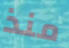
منذ